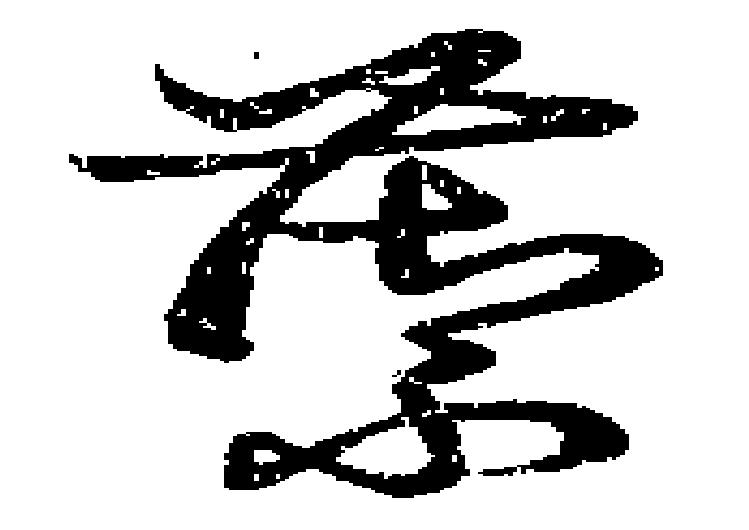
籞